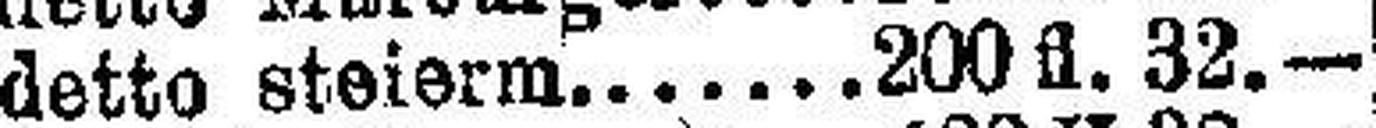
detto steierm. 200 fl 32.—